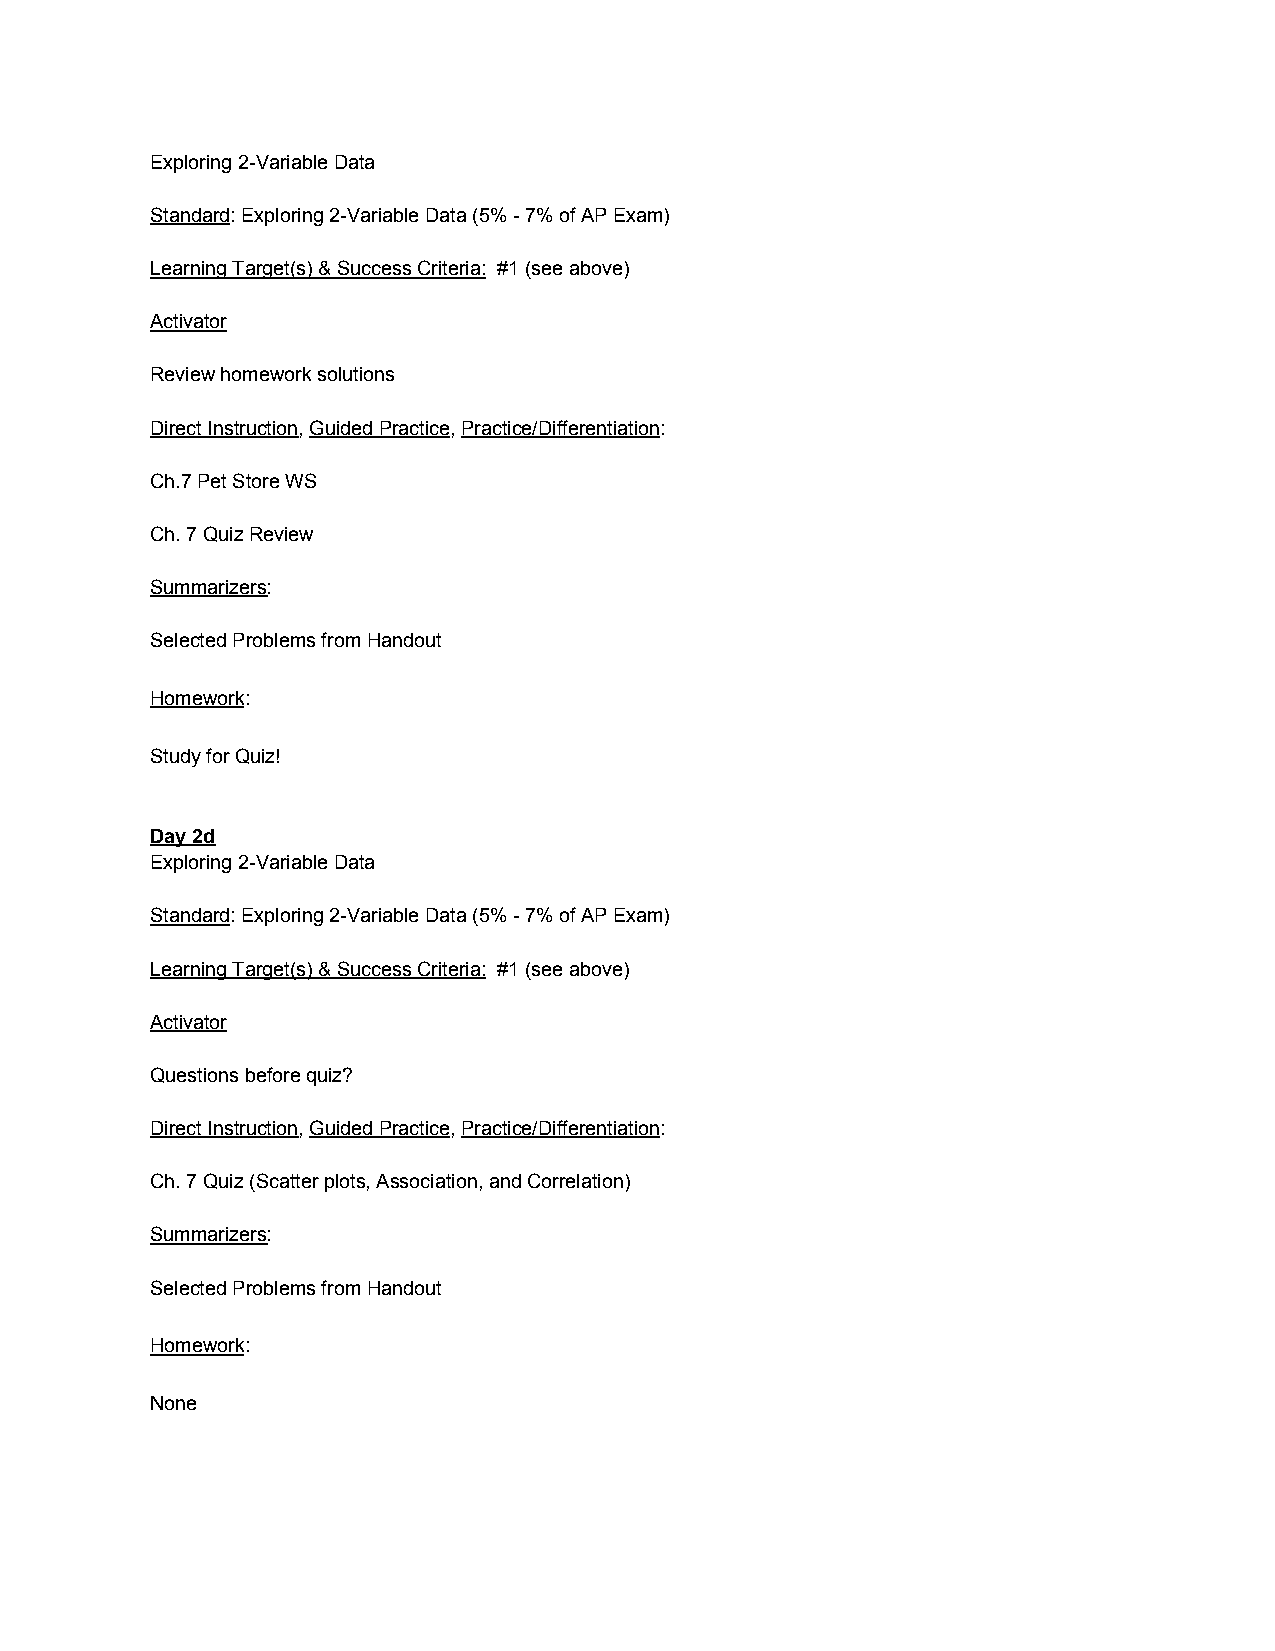
Exploring 2-Variable Data
 Standard: Exploring 2-Variable Data (5% - 7% of AP Exam)
 ​
 Learning Target(s) & Success Criteria: #1 (see above)
 ​
 Activator
 Review homework solutions
 Direct Instruction, Guided Practice, Practice/Differentiation:
 ​ ​       ​ ​           ​
 Ch.7 Pet Store WS
 Ch. 7 Quiz Review
 Summarizers:
 ​
 Selected Problems from Handout
 Homework:
 ​
 Study for Quiz!
 Day 2d
 Exploring 2-Variable Data
 Standard: Exploring 2-Variable Data (5% - 7% of AP Exam)
 ​
 Learning Target(s) & Success Criteria: #1 (see above)
 ​
 Activator
 Questions before quiz?
 Direct Instruction, Guided Practice, Practice/Differentiation:
 ​ ​       ​ ​           ​
 Ch. 7 Quiz (Scatter plots, Association, and Correlation)
 Summarizers:
 ​
 Selected Problems from Handout
 Homework:
 ​
 None